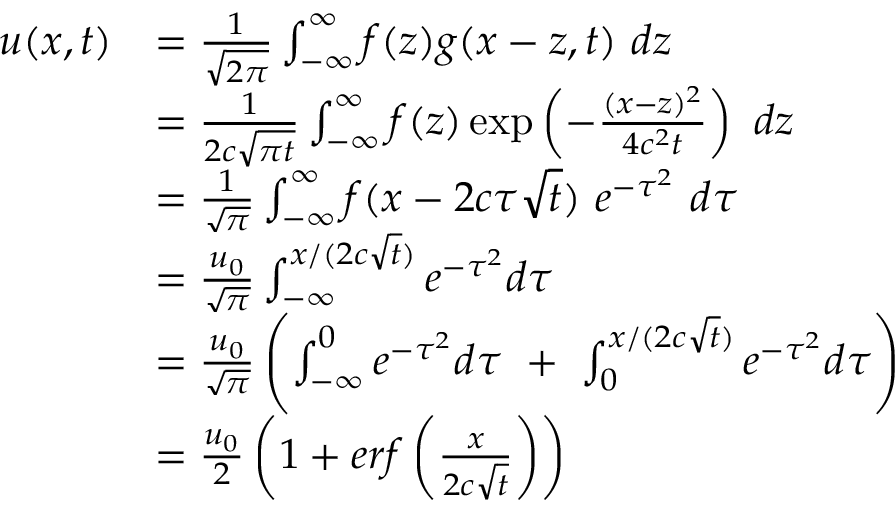
\begin{array} { r l } { u ( x , t ) } & { = \frac { 1 } { \sqrt { 2 \pi } } \int _ { - \infty } ^ { \infty } f ( z ) g ( x - z , t ) \ d z } \\ & { = \frac { 1 } { 2 c \sqrt { \pi t } } \int _ { - \infty } ^ { \infty } f ( z ) \exp \left( - \frac { ( x - z ) ^ { 2 } } { 4 c ^ { 2 } t } \right) \ d z } \\ & { = \frac { 1 } { \sqrt { \pi } } \int _ { - \infty } ^ { \infty } f ( x - 2 c \tau \sqrt { t } ) \ e ^ { - \tau ^ { 2 } } \ d \tau } \\ & { = \frac { u _ { 0 } } { \sqrt { \pi } } \int _ { - \infty } ^ { x / ( 2 c \sqrt { t } ) } e ^ { - \tau ^ { 2 } } d \tau } \\ & { = \frac { u _ { 0 } } { \sqrt { \pi } } \left( \int _ { - \infty } ^ { 0 } e ^ { - \tau ^ { 2 } } d \tau \ + \ \int _ { 0 } ^ { x / ( 2 c \sqrt { t } ) } e ^ { - \tau ^ { 2 } } d \tau \right) } \\ & { = \frac { u _ { 0 } } { 2 } \left( 1 + e r f \left( \frac { x } { 2 c \sqrt { t } } \right) \right) } \end{array}